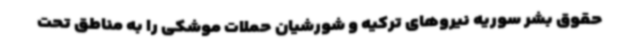
حقوق بشر سوریه نیروهای ترکیه و شورشیان حملات موشکی را به مناطق تحت